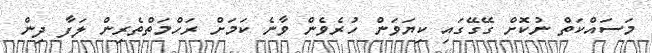
މަސައްކަތް ނުކޮށް ގޭގޭގައި ކިޔަަވަން ހުރެވެން ވާނެ ކަމަށް ރަހްމަތްތެރިން ލަފާ ދިން